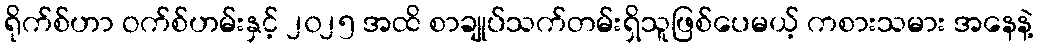
ရိုက်စ်ဟာ ဝက်စ်ဟမ်းနှင့် ၂၀၂၅ အထိ စာချုပ်သက်တမ်းရှိသူဖြစ်ပေမယ့် ကစားသမား အနေနဲ့